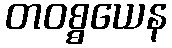
တဝစ္စယေန